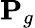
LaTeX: {\mathbf{P}}_{g}